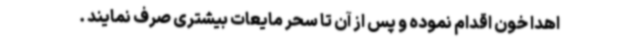
اهدا خون اقدام نموده و پس از آن تا سحر مایعات بیشتری صرف نمایند .